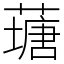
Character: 䕋